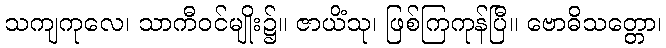
သကျကုလေ၊ သာကီဝင်မျိုး၌။ ဇာယိံသု၊ ဖြစ်ကြကုန်ပြီ။ ဗောဓိသတ္တော၊